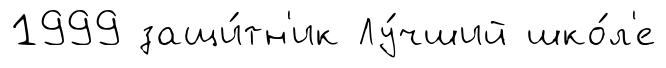
1999 защи́тн'ик Лу́чший шко́л'е